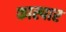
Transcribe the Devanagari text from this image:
कास्पार